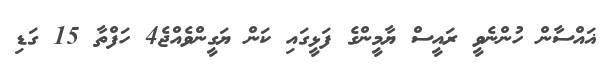
ޣައްސާން ހުންނެވީ ރައީސް ޔާމީންގެ ފަޅީގައި ކަން ޔަގީންވެއްޖެ4 ހަފްތާ 15 ގަޑި